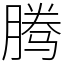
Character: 腾